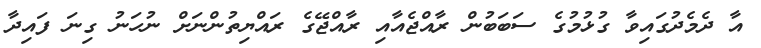
އާ ދެމެދުގައިވާ ގުޅުމުގެ ސަބަބުން ރާއްޖެއާއި ރާއްޖޭގެ ރައްޔިތުންނަށް ނުހަނު ގިނަ ފައިދާ